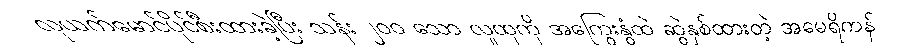
လုယက်မောင်ပိုင်စီးထားခဲ့ပြီး သန်း ၂၀၀ သော လူထုကို အကြွေးနွံထဲ ဆွဲနှစ်ထားတဲ့ အမေရိကန်